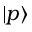
| p \rangle